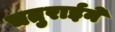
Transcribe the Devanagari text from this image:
चतुराईने